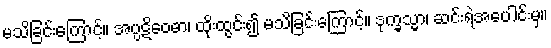
မသိခြင်းကြောင့်။ အပ္ပဋိဝေဓာ၊ ထိုးထွင်း၍ မသိခြင်းကြောင့်။ ဒုက္ခသ္မာ၊ ဆင်းရဲအပေါင်းမှ။